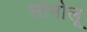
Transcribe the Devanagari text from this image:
सोमोलू